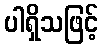
ပါရှိသဖြင့်